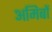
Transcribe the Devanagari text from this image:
अमिबों